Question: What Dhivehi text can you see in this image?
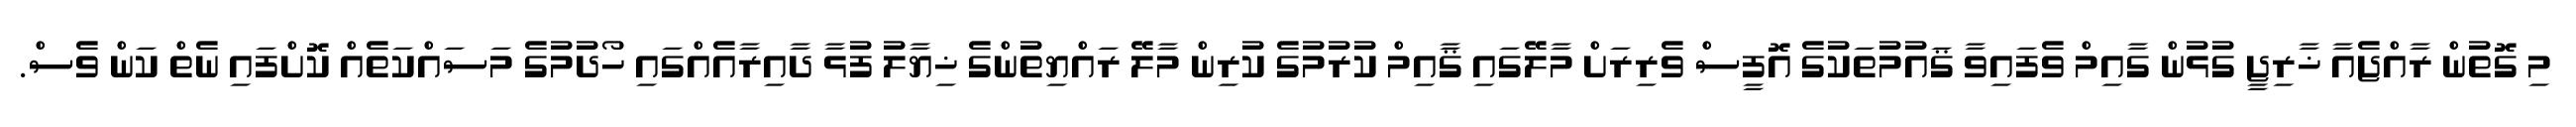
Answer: މި ގޮތުން ރާއްޖެއާ ޚާރިޖީ ގުޅުން ގާއިމް ވެފައިވާ ޤައުމުތަކުގެ އޮފީސް ވެރިރަށް މާލޭގައި ޤާއިމް ކުރުމުގެ ކުރިން މާލޭ ރައްޔިތުންގެ ޚިޔާލު ފުޅާ ދާއިރާއެއްގައި ހޯދުމުގެ މަސައްކަތެއް ކޮށްފައި ނެތް ކަން ވެސް.